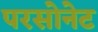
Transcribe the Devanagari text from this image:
परसोनेट